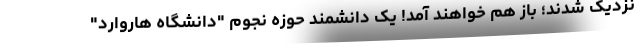
نزدیک شدند؛ باز هم خواهند آمد! یک دانشمند حوزه نجوم "دانشگاه هاروارد"